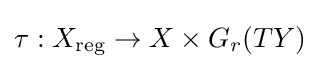
\tau :X_{\text{reg}}\rightarrow X\times G_{r}(TY)